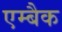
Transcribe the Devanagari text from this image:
एम्बैक